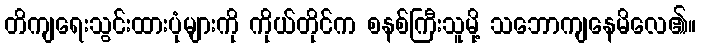
တိကျရေးသွင်းထားပုံများကို ကိုယ်တိုင်က စနစ်ကြီးသူမို့ သဘောကျနေမိလေ၏။